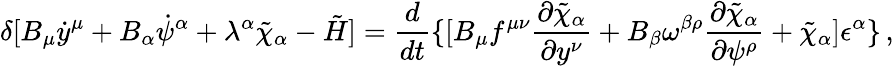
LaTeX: \delta[B_{\mu}\dot{y}^{\mu}+B_{\alpha}\dot{\psi}^{\alpha}+\lambda^{\alpha}\tilde{\chi}_{\alpha}-\tilde{H}]={\frac{d}{dt}}\{ [B_{\mu}f^{\mu\nu}{\frac{\partial\tilde{\chi}_{\alpha}}{\partial y^{\nu}}}+B_{\beta}\omega^{\beta\rho}{\frac{\partial\tilde{\chi}_{\alpha}}{\partial\psi^{\rho}}}+\tilde{\chi}_{\alpha}]\epsilon^{\alpha}\} \, ,